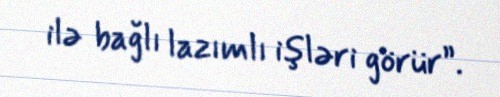
ilə bağlı lazımlı işləri görür”.